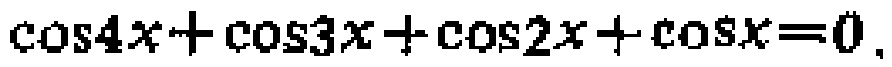
\(\cos4x+\cos3x+\cos2x+\cos x = 0\)